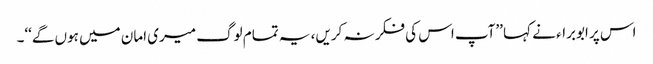
اس پر ابوبراء نے کہا ’’آپ اس کی فکر نہ کریں، یہ تمام لوگ میری امان میں ہوں گے‘‘۔